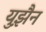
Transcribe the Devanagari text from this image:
युझ़ैन